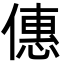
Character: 僡